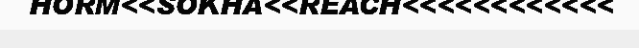
HORM<<SOKHA<<REACH<<<<<<<<<<<<